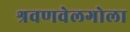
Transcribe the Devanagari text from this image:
श्रवणवेलगोला